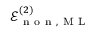
\mathcal { E } _ { \mathrm { ~ n ~ o ~ n ~ } , \mathrm { ~ M ~ L ~ } } ^ { ( 2 ) }